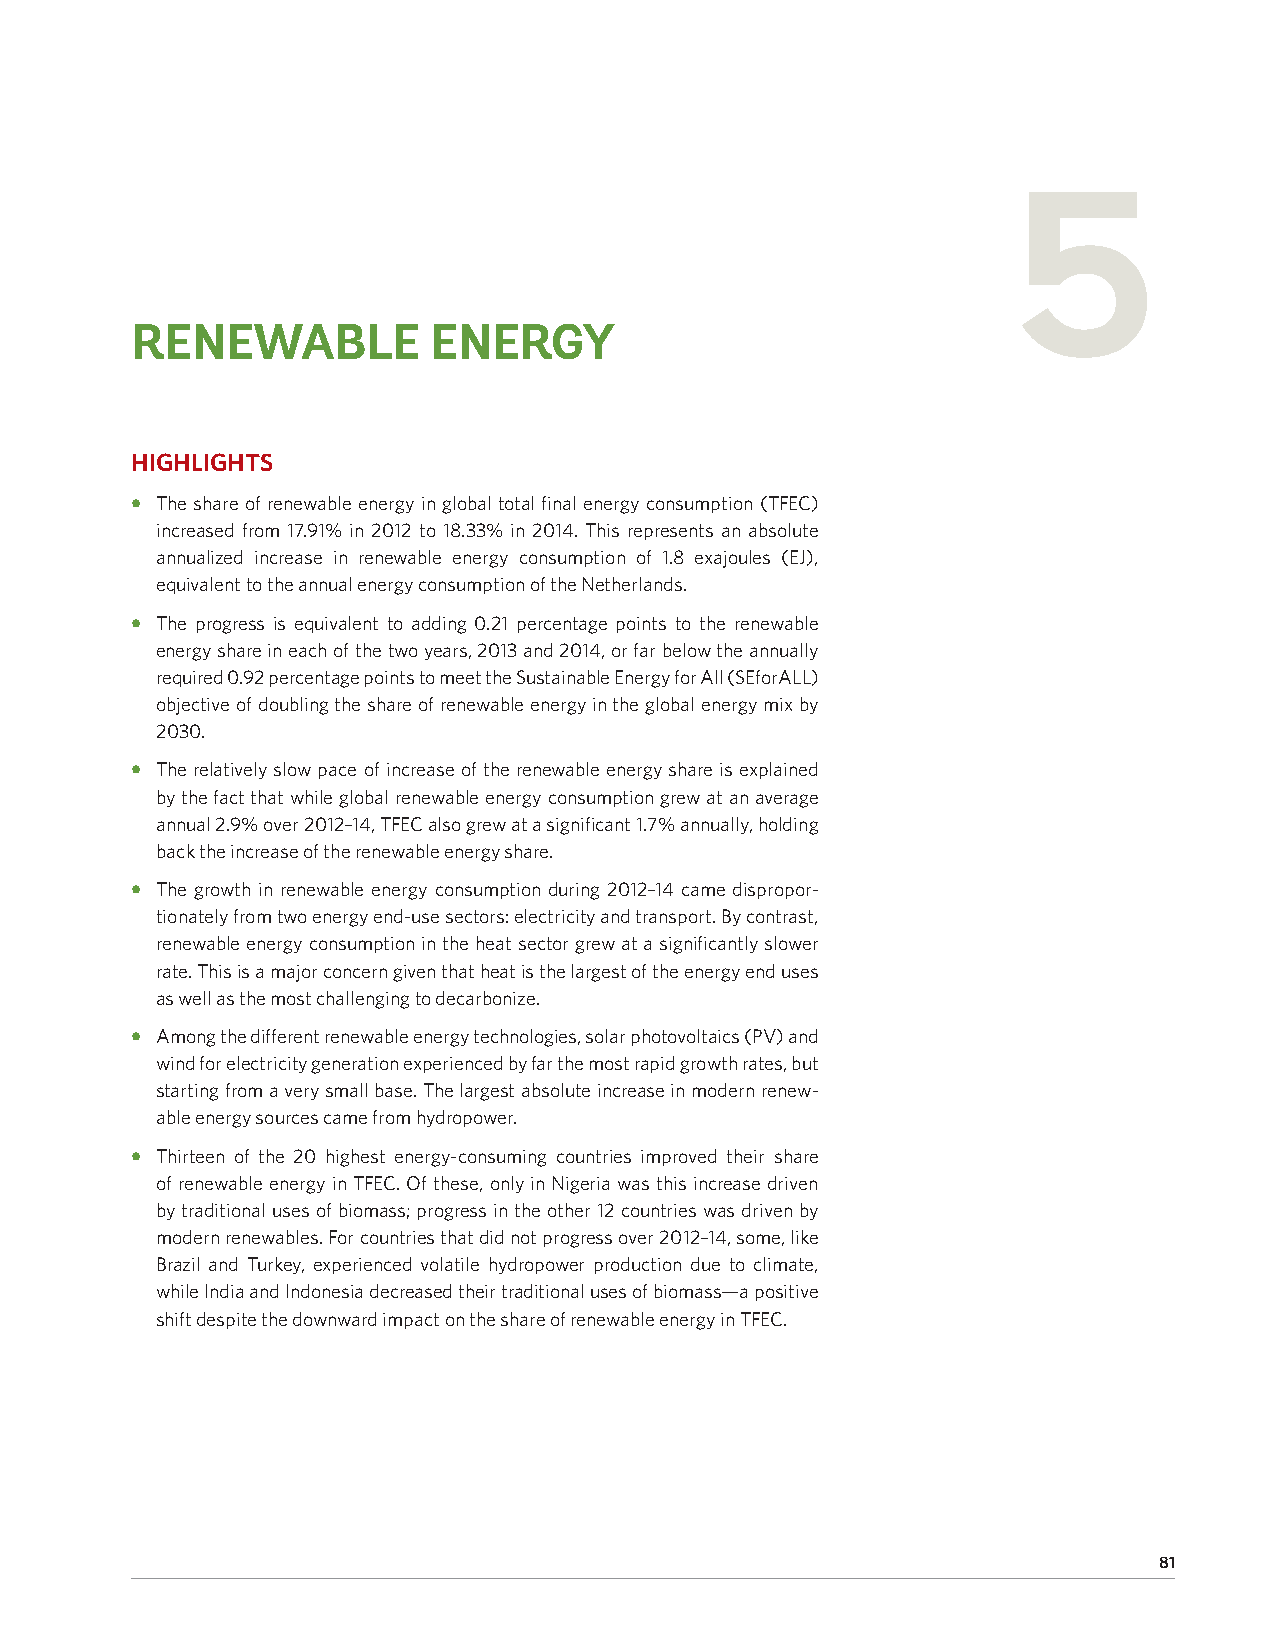
5
 RENEWABLE          ENERGY
 HIGHLIGHTS
 • The share of renewable energy in global total final energy consumption (TFEC)
 increased from 17.91% in 2012 to 18.33% in 2014. This represents an absolute
 annualized increase in renewable energy consumption of 1.8 exajoules (EJ),
 equivalent to the annual energy consumption of the Netherlands.
 • The progress is equivalent to adding 0.21 percentage points to the renewable
 energy share in each of the two years, 2013 and 2014, or far below the annually
 required 0.92 percentage points to meet the Sustainable Energy for All (SEforALL)
 objective of doubling the share of renewable energy in the global energy mix by
 2030.
 • The relatively slow pace of increase of the renewable energy share is explained
 by the fact that while global renewable energy consumption grew at an average
 annual 2.9% over 2012–14, TFEC also grew at a significant 1.7% annually, holding
 back the increase of the renewable energy share.
 • The growth in renewable energy consumption during 2012–14 came dispropor-
 tionately from two energy end-use sectors: electricity and transport. By contrast,
 renewable energy consumption in the heat sector grew at a significantly slower
 rate. This is a major concern given that heat is the largest of the energy end uses
 as well as the most challenging to decarbonize.
 • Among the different renewable energy technologies, solar photovoltaics (PV) and
 wind for electricity generation experienced by far the most rapid growth rates, but
 starting from a very small base. The largest absolute increase in modern renew-
 able energy sources came from hydropower.
 • Thirteen of the 20 highest energy-consuming countries improved their share
 of renewable energy in TFEC. Of these, only in Nigeria was this increase driven
 by traditional uses of biomass; progress in the other 12 countries was driven by
 modern renewables. For countries that did not progress over 2012–14, some, like
 Brazil and Turkey, experienced volatile hydropower production due to climate,
 while India and Indonesia decreased their traditional uses of biomass—a positive
 shift despite the downward impact on the share of renewable energy in TFEC.
 81